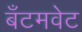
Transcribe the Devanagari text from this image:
बॅंटमवेट